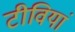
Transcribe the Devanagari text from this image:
टीवियां